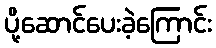
ပို့ဆောင်ပေးခဲ့ကြောင်း